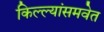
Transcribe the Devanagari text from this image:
किल्ल्यांसमवेत